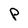
Character: P